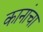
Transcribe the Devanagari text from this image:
कानांचा